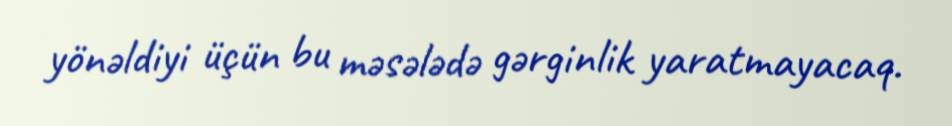
yönəldiyi üçün bu məsələdə gərginlik yaratmayacaq.